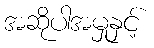
အဆိုပါအမှုနှင့်